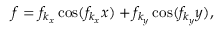
\begin{array} { r } { { } f = f _ { k _ { x } } \cos ( f _ { k _ { x } } x ) + f _ { k _ { y } } \cos ( f _ { k _ { y } } y ) , } \end{array}